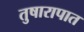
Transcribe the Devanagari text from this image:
तुषारापात